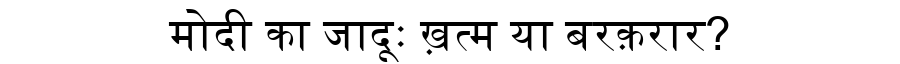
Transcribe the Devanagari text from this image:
मोदी का जादूः ख़त्म या बरक़रार?